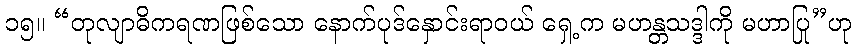
၁၅။ “တုလျာဓိကရဏဖြစ်သော နောက်ပုဒ်နှောင်းရာဝယ် ရှေ့က မဟန္တသဒ္ဒါကို မဟာပြု”ဟု